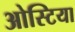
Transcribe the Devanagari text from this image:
ओस्टिया